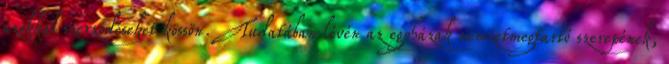
azokkal szerződéseket kössön. Tudatában lévén az egyházak nemzetmegtartó szerepének,